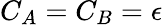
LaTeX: C_{A}=C_{B}=\epsilon